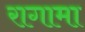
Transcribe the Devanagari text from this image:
रागामा